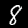
Label: 8